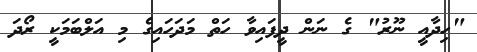
"ހިދާއީ ނޫރު" ގެ ނަން ދީފައިވާ ހަތް މަދަހައިގެ މި އަލްބަމަކީ ރޯދަ